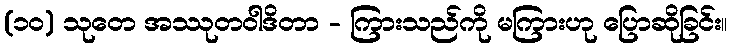
(၁၀) သုတေ အဿုတဝါဒိတာ - ကြားသည်ကို မကြားဟု ပြောဆိုခြင်း။